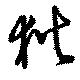
狄